Vaccination United Provinces of Agra and Oudh 1902-1913 - 1902-1913
Year: 1902
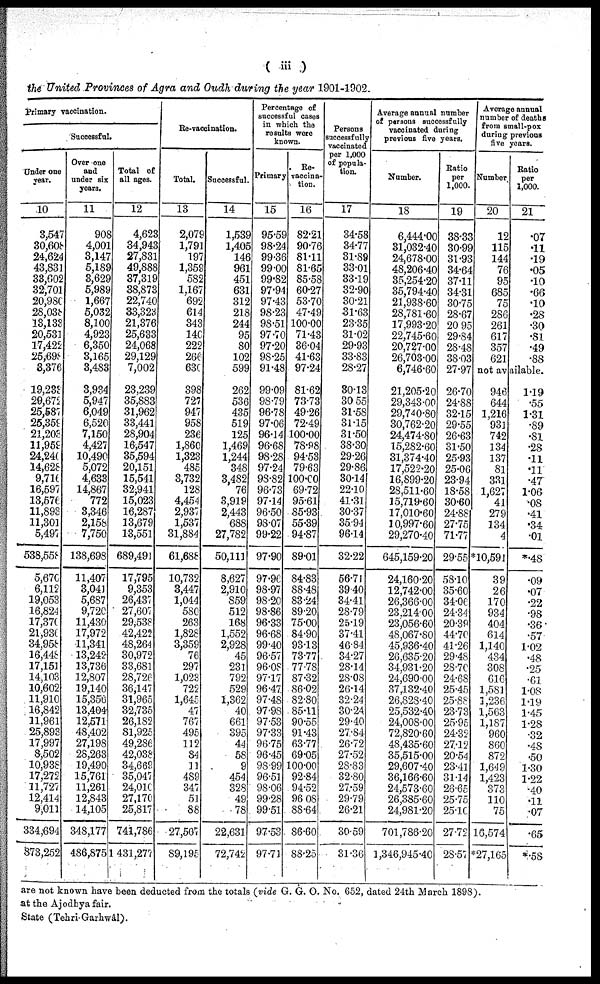
( iii )
the United Provinces of Agra and Oudh during the year 1901-1902.
primary vaccination.
Successful.
Under one
year.
10
3,547
30,608
24,624
43,831
33,602
32,701
20,980
28,038
13,133
20,531
17,422
25,698
3,376
19,233
29,672
25,587
25,359
21,203
11,959
24,240
14,628
9,716
16,597
13,576
11,893
11,301
5,497
538,558
5,670
6,115
19,053
16,824
17,370
2l,930
34,958
16,448
17,151
14,103
10,602
11,910
16,842
11,961
25,893
17,997
8,502
10,938
17,272
11,727
12,414
9,011
334,694
873,252
Over one
and
under six
years.
11
908
4,001
3,147
5,189
3,629
5,989
1,667
5,032
8,100
4,923
6,350
3,165
3,483
3,934
5,947
6,049
6,520
7,150
4,427
10,490
5,072
4,633
14,867
772
3,346
2,158
7,750
138,698
11,407
3,041
5,687
9,720
11,430
17,972
11,341
13,242
13,736
12,807
19,140
15,356
13,404
12,571
48,402
27,198
28,263
19,490
15,761
11,261
12,843
14,105
348,177
486,875
Total of
all ages.
12
4,623
34,943
27,831
49,888
37,319
38,873
22,740
33,323
21,376
25,633
24,068
29,129
7,002
23,239
35,883
31,962
33,441
28,904
16,547
35,594
20,151
15,541
32,941
15,023
16,287
13,679
13,551
689,491
17,795
9,353
26,437
27,607
29,538
42,422
48,264
30,972
33,681
28,726
36,147
31,965
32,735
26,182
81,925
49,286
42,038
34,669
35,047
24,010
27,170
25,817
741,786
1,431,277
Re-vaccination.
Total.
13
2,079
1,791
197
1,359
582
1,167
692
614
343
140
222
266
630
398
727
947
958
236
1,860
1,323
485
3,732
128
4,454
2,937
1,537
31,884
61,688
10,732
3,447
1,044
580
263
1,828
3,359
76
297
1,023
722
1,645
47
767
495
112
84
11
489
347
51
88
27,507
89,195
Successful.
14
1,539
1,405
146
961
451
631
312
218
244
95
80
102
599
262
536
435
519
125
1,469
1,244
348
3,482
76
3,919
2,443
688
27,782
50,111
8,627
2,910
859
512
168
1,552
2,928
45
231
792
529
1,362
40
661
395
44
58
9
454
328
49
78
22,631
72,742
Percentage of
successful cases
in which the
results were
known.
Primary.
15
95.59
98.24
99.36
99.00
99.82
97.94
97.43
98.23
98.51
97.70
97.20
98.25
91.48
99.09
98.79
96.78
97.06
96.14
96.68
98.28
97.24
98.82
96.73
97.14
96.50
98.07
99.22
97.90
97.96
98.97
98.20
98.86
96.33
96.68
99.40
96.57
96.08
97.17
96.47
97.48
97.98
97.53
97.33
96.75
96.45
98.99
96.51
98.06
99.28
99.51
97.53
97.71
Re¬
vaccina-
tion.
16
82.21
90.76
81.11
81.65
85.58
60.27
53.70
47.49
100.00
71.43
36.04
41.63
97.24
81.62
73.73
49.26
72.49
100.00
78.98
94.53
79.63
100.00
69.72
95.61
85.93
55.39
94.87
89.01
84.83
88.48
83.24
89.20
75.00
84.90
93.13
73.77
77.78
87.32
86.02
82.80
85.11
90.55
91.43
63.77
69.05
100.00
92.84
94.52
96.08
88.64
86.60
88.25
Persons
successfully
vaccinated
per 1,000
of popula-
tion.
17
34.58
34.77
31.88
33.01
33.19
32.90
30.21
31.63
23.35
31.02
29.93
33.83
28.27
30.13
30.55
31.58
31.15
31.50
38.30
29.26
29.86
30.14
22.10
41.31
30.37
35.94
96.14
32.22
56.71
39.40
34.41
28.79
25.19
37.41
46.84
34.27
28.14
28.08
26.14
32.24
30.24
29.40
27.84
26.72
27.52
28.83
32.80
27.59
29.79
26.21
30.59
31.36
Average annual number
of persons successfully
vaccinated during
previous five years.
Number.
18
6,444.00
31,032.40
24,678.00
48,206.40
35,254.20
35,794.40
21,938.60
28,781.60
17,993.20
22,745.60
20,727.00
26,703.00
6,746.60
21,205.20
29,343.00
29,740.80
30,762.20
24,474.80
15,282.60
31,374.40
17,522.20
16,899.20
28,511.60
15,719.60
17,010.60
10,997.60
29,270.40
645,159.20
24,160.20
12,742.00
26,366.00
23,214.00
23,056.60
48,067.80
45,936.40
26,635.20
34,931.20
24,690.00
37,132.40
26,828.40
25,532.40
24,008.00
72,820.60
48,435.60
35,515.00
29,607.40
36,166.60
24,573.60
26,385.60
24,981.20
701,786.20
1,346,945.40
Ratio
per
1,000.
19
38.33
30.99
31.93
34.64
37.11
34.31
30.75
28.67
20.95
29.84
28.48
38.03
27.97
26.70
24.88
32.15
29.55
26.63
31.50
25.93
25.06
23.94
18.58
30.60
24.88
27.75
71.77
29.55
58.10
35.60
34.06
24.34
20.39
44.70
41.26
29.48
28.70
24.68
25.45
25.88
23.73
25.95
24.32
27.12
20.54
23.41
31.14
26.65
25.75
25.10
27.72
28.57
Average annual
number of deaths
from small-pox
during previous
five years.
Number.
20
12
115
144
76
95
685
75
286
261
617
357
621
Ratio
per
1,000.
21
.07
.11
.19
.05
.10
.66
.10
.28
.30
.81
.49
.88
not available.
946
644
1,216
931
742
134
137
81
331
1,627
41
279
134
4
*10,591
39
26
170
934
404
614
1,140
434
308
616
1,581
1,236
1,563
1,187
960
860
872
1,649
1,423
373
110
75
16,574
*27,165
1.19
.55
1.31
.89
.81
.28
.11
.11
.47
1.06
.08
.41
.34
.01
*.48
.09
.07
.22
.98
.36
.57
1.02
.48
.25
.61
1.08
1.19
1.45
1.28
.32
.48
.50
1.30
1.22
.40
.11
.07
.65
*.58
are not known have been deducted from the totals (vide G. G. O. No. 652, dated 24th March 1898).
at the Ajodhya fair.
State (Tehri-Garhwál).